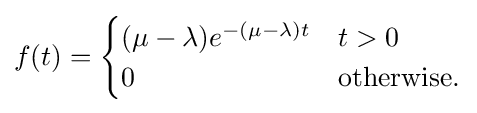
f(t)={\begin{cases}(\mu -\lambda )e^{-(\mu -\lambda )t}&t>0\\0&{\text{otherwise.}}\end{cases}}